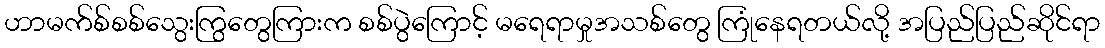
ဟာမက်စ်စစ်သွေးကြွတွေကြားက စစ်ပွဲကြောင့် မရေရာမှုအသစ်တွေ ကြုံနေရတယ်လို့ အပြည်ပြည်ဆိုင်ရာ